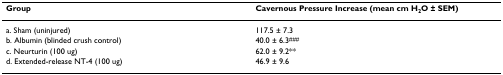
| Group | Cavernous Pressure Increase (mean cm H2O ± SEM) |
 | --- | --- |
 | a. Sham (uninjured) | 117.5 ± 7.3 |
 | b. Albumin (blinded crush control) | 40.0 ± 6.3### |
 | c. Neurturin (100 ug) | 62.0 ± 9.2** |
 | d. Extended-release NT-4 (100 ug) | 46.9 ± 9.6 |